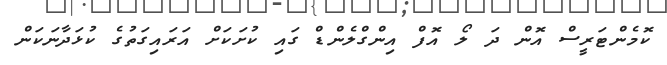
ކޮމެންޓަރީސް އޮން ދަ ލޯ އޮފް އިންގްލެންޑް ގައި ކުށަކަށް އަރައިގަތުގެ ކުޅަދާނަކަން